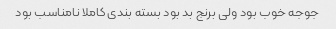
جوجه خوب بود ولی برنج بد بود بسته بندی کاملا نامناسب بود